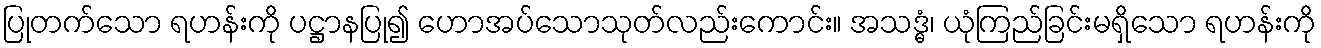
ပြုတက်သော ရဟန်းကို ပဋ္ဌာနပြု၍ ဟောအပ်သောသုတ်လည်းကောင်း။ အသဒ္ဓံ၊ ယုံကြည်ခြင်းမရှိသော ရဟန်းကို